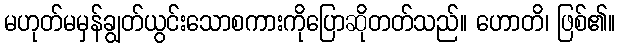
မဟုတ်မမှန်ချွတ်ယွင်းသောစကားကိုပြောဆိုတတ်သည်။ ဟောတိ၊ ဖြစ်၏။